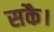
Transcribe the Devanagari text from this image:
सकै।